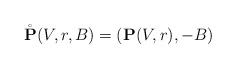
\begin{align*} \mathring{\mathbf{P}}(V,r,B) = (\mathbf{P}(V,r),-B)\end{align*}